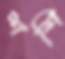
শশি